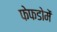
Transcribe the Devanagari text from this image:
फेफडोमें